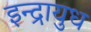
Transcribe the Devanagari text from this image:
इन्द्रायुध